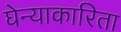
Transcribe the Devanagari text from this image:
घेन्याकारिता